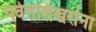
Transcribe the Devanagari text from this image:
पर्वतशिखरांना